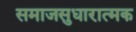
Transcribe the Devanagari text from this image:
समाजसुधारात्मक